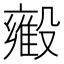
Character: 𬆳